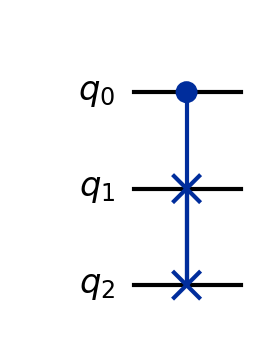
Description: Fredkin (CSWAP) gate
描述: Fredkin（CSWAP）门
Category: intermediate (difficulty: intermediate)
Qubits: 3, circuit depth: 1

Braket implementation:
from braket.circuits import Circuit
circuit = Circuit().cswap(0, 1, 2)